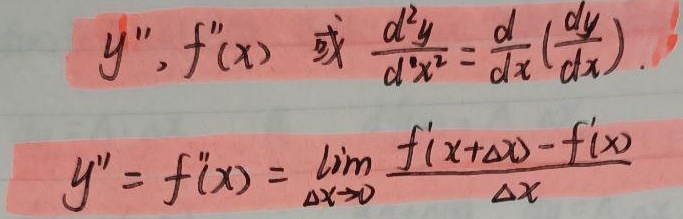
\[
y'', f''(x) \text{ 或 } \frac{d^{2}y}{dx^{2}}=\frac{d}{dx}\left(\frac{dy}{dx}\right).
\]
\[
y'' = f''(x) = \lim_{\Delta x\rightarrow 0}\frac{f'(x + \Delta x)-f'(x)}{\Delta x}
\]